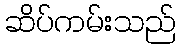
ဆိပ်ကမ်းသည်